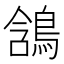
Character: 𪁟